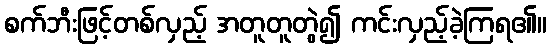
စက်ဘီးဖြင့်တစ်လှည့် အတူတူတွဲ၍ ကင်းလှည့်ခဲ့ကြရ၏။